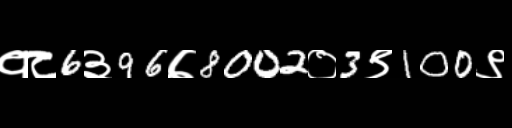
Text: १८6३96७8002०3९100९